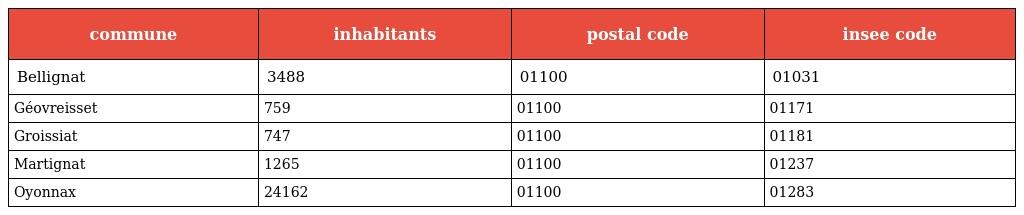
| commune | inhabitants | postal code | insee code |
 | --- | --- | --- | --- |
 | Bellignat | 3488 | 01100 | 01031 |
 | Géovreisset | 759 | 01100 | 01171 |
 | Groissiat | 747 | 01100 | 01181 |
 | Martignat | 1265 | 01100 | 01237 |
 | Oyonnax | 24162 | 01100 | 01283 |